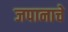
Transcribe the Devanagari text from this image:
जपानाचे